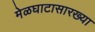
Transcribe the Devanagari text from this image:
मेळघाटासारख्या